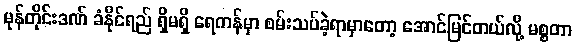
မုန်တိုင်းဒဏ် ခံနိုင်ရည် ရှိမရှိ ရေကန်မှာ စမ်းသပ်ခဲ့ရာမှာတော့ အောင်မြင်တယ်လို့ မစ္စတာ